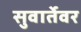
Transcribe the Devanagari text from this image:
सुवार्तेवर